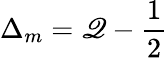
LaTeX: \Delta_{m}=\mathscr{Q}-\frac{{1}}{{2}}